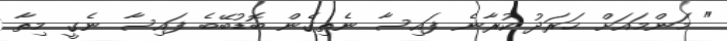
" މަންމައަށް ޚަރަދު ކުރާނެ ފައިސާ ނެތިގެން ބޮޑުބޭބެ ފައިސާ ނެގީ މިތާ